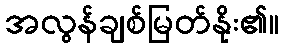
အလွန်ချစ်မြတ်နိုး၏။